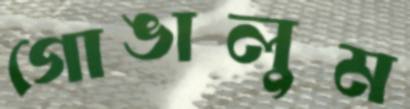
গোঙালুম